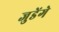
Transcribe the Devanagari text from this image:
जुडेंगे